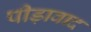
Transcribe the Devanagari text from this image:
पीड़ावाद